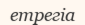
етрегіа